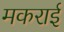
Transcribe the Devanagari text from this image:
मकराई